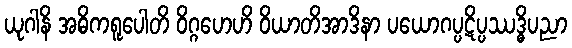
ယုဂါနိ အဓိကရူပေါတိ ဝိဂ္ဂဟေဟိ ဝိယာတိအာဒိနာ ပယောဂပ္ပဋိပ္ပဿဒ္ဓိပညာ